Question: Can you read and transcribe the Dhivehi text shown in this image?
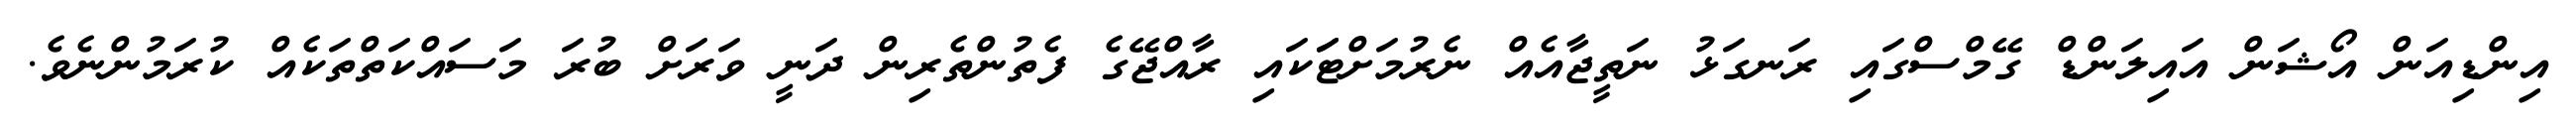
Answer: އިންޑިއަން އޯޝަން އައިލަންޑް ގޭމްސްގައި ރަނގަޅު ނަތީޖާއެއް ނެރުމަށްޓަަކައި ރާއްޖޭގެ ފެތުންތެރިން ދަނީ ވަރަށް ބުރަ މަސައްކަތްތަކެއް ކުރަމުންނެވެ.